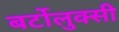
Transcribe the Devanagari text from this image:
बर्टोलुक्सी